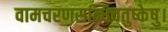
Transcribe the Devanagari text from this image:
वामचरणसन्धिचतुष्केषु।